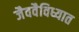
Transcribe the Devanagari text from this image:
जैववैविध्यात